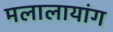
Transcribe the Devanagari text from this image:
मलालायांग